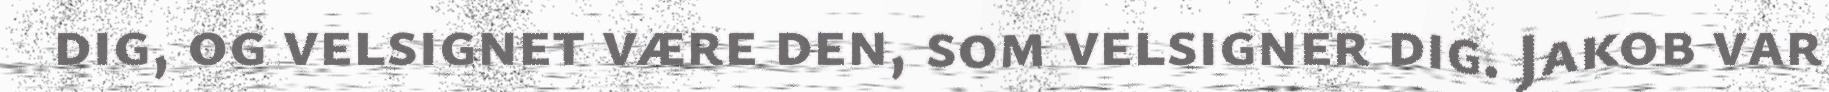
dig, og velsignet være den, som velsigner dig. Jakob var